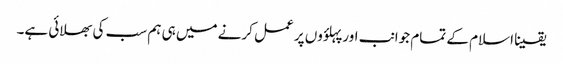
یقینا اسلام کے تمام جوانب اور پہلؤوں پر عمل کرنے میں ہی ہم سب کی بھلائی ہے۔